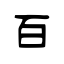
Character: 百